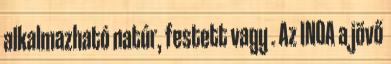
alkalmazható natúr, festett vagy . Az INOA a jövő